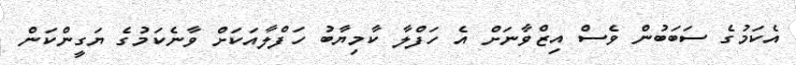
އެކަމުގެ ސަބަބުން ވެސް އިޒްވާނަށް އެ ހަފްލާ ކާމިޔާބު ހަފްލާއަކަށް ވާނެކަމުގެ ޔަގީންކަން